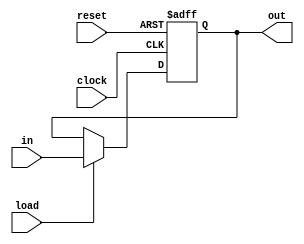
//   
//   out    
//  load = 1,     clock'     in
//     reset     0
module register
  #(parameter Width = 32)
  ( input [Width-1:0] in,
    output reg [Width-1:0] out,
    input load, clock, reset
  );
  
  always @(posedge clock, posedge reset)
    if(reset) out <= 0;
    else if(load) out <= in;
endmodule